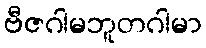
ဗီဇဂါမဘူတဂါမာ